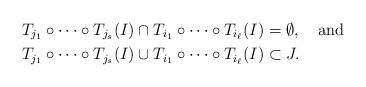
LaTeX: \begin{align*} &T_{j_{1}}\circ\dots\circ T_{j_{s}}(I)\cap T_{i_{1}}\circ\dots \circ T_{i_{\ell}}(I)=\emptyset, \quad\mbox{and}\\ &T_{j_{1}}\circ\dots\circ T_{j_{s}}(I) \cup T_{i_{1}}\circ\dots \circ T_{i_{\ell}}(I) \subset J.\end{align*}